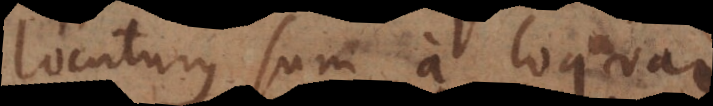
locuturus sum a loquar